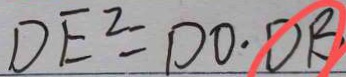
D E ^ { 2 } = D O \cdot D B